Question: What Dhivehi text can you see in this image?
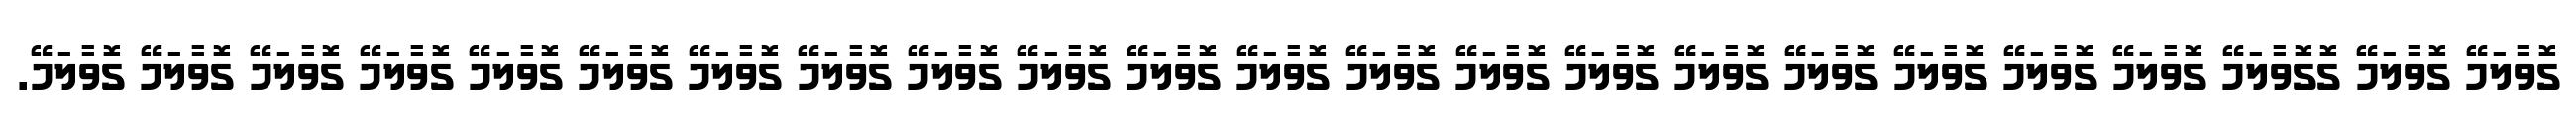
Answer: ގޮވާލަމޭ ގޮވާލަމޭ ގޮގޮވާލަމޭ ގޮވާލަމޭ ގޮވާލަމޭ ގޮވާލަމޭ ގޮވާލަމޭ ގޮވާލަމޭ ގޮވާލަމޭ ގޮވާލަމޭ ގޮވާލަމޭ ގޮވާލަމޭ ގޮވާލަމޭ ގޮވާލަމޭ ގޮވާލަމޭ ގޮވާލަމޭ ގޮވާލަމޭ ގޮވާލަމޭ ގޮވާލަމޭ ގޮވާލަމޭ ގޮވާލަމޭ ގޮވާލަމޭ ގޮވާލަމޭ.